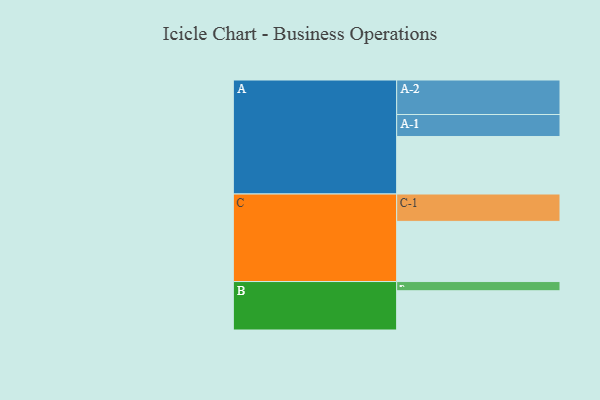
{"axis": {"x": "Segment", "y": "Value"}, "legend": ["", "A", "B", "C"], "data": [{"x": "A", "y": 450, "type": ""}, {"x": "B", "y": 307, "type": ""}, {"x": "C", "y": 471, "type": ""}, {"x": "A-1", "y": 172, "type": "A"}, {"x": "A-2", "y": 270, "type": "A"}, {"x": "B-1", "y": 72, "type": "B"}, {"x": "C-1", "y": 214, "type": "C"}]}